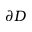
\partial D